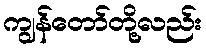
ကျွန်တော်တို့လည်း